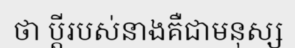
ថា ប្តីរបស់នាងគឺជាមនុស្ស